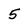
Character: 5